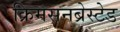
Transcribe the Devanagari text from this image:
क्रिमसनब्रेस्टेड